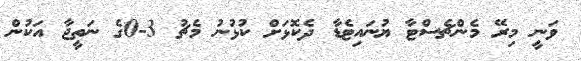
ވަނީ މިރޭ މެންޗެސްޓާ ޔުނައިޓެޑާ ދެކޮޅަށް ކުޅުނު މެޗު 3-0ގެ ނަތީޖާ އަކުން